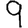
Digit: 9